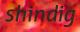
shindig